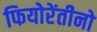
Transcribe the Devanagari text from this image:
फियोरेंतीनो